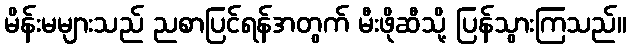
မိန်းမများသည် ညစာပြင်ရန်အတွက် မီးဖိုဆီသို့ ပြန်သွားကြသည်။